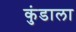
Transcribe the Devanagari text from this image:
कुंडाला